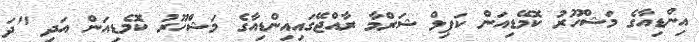
އިންޑިއާގެ މަޝްހޫރު ކޮމޭޑިއަން ކަޕިލް ޝަރްމާ ރާއްޖޭގައިއިންޑިއާގެ މަޝްހޫރު ކޮމެޑިއަން އަދި "ދަ